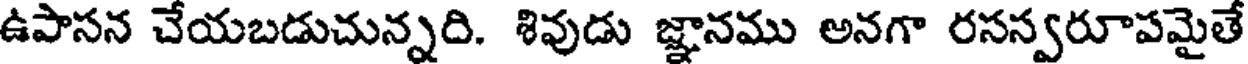
ఉపాసన చేయబడుచున్నది. శివుడు జ్ఞానము అనగా రసస్వరూపమైతే